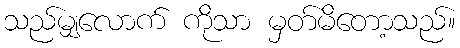
သည်မျှလောက် ကိုသာ မှတ်မိတော့သည်။